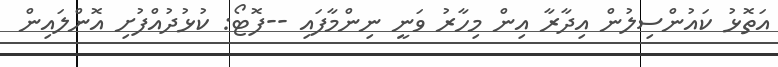
އަތޮޅު ކައުންސިލުން އިދާރާ އިން މިހާރު ވަނީ ނިންމާފައި --ފޮޓޯ: ކުޅުދުއްފުށި އޮންލައިން